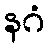
နဂံ